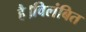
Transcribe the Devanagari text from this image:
है।विलंबित